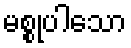
မစ္စုပါသော